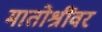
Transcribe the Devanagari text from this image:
मातोश्रींवर